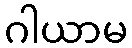
ဂါယာမ